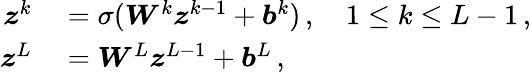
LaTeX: \begin{array}{rl}{\boldsymbol z^{k}}&{{}=\sigma(\boldsymbol W^{k}\boldsymbol z^{k-1}+\boldsymbol b^{k})\, ,\quad 1\leq k\leq L-1\, ,}\\ {\boldsymbol z^{L}}&{{}=\boldsymbol W^{L}\boldsymbol z^{L-1}+\boldsymbol b^{L}\, ,}\end{array}